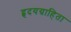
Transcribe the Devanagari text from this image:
हृदयग्राहिता